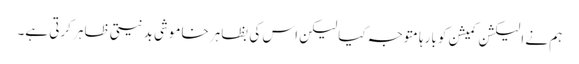
ہم نے الیکشن کمیشن کو بارہا متوجہ کیا لیکن اس کی بظاہر خاموشی بدنیتی ظاہر کرتی ہے۔